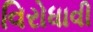
વિરોધાવી